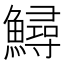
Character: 鱘